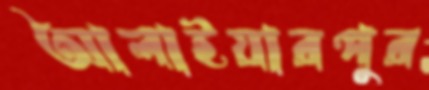
আলাইয়ারপুর